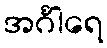
အင်္ဂါရေ